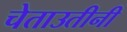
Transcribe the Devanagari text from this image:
चेताउतीनी